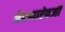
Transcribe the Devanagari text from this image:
जेवणाऐवजी